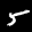
Label: 5